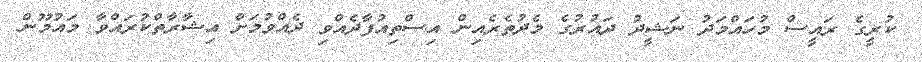
ކުރީގެ ރައީސް މުހައްމަދު ނަޝީދު ދައުރުގެ މެދުތެރެއިން އިސްތިއުފާދެއްވި ދެއްވުމަށް އިޝާރާތްކުރައްވާ މައުމޫން